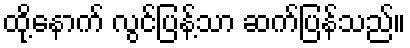
ထို့နောက် လွင်ပြန့်သာ ဆက်ပြန်သည်။